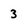
Character: 3